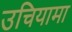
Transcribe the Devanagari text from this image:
उचियामा